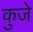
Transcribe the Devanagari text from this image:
कुजे